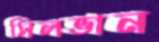
সিলভান